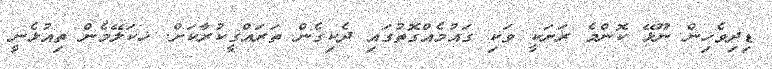
ޑިދިވެހިން ނޫޅޭ ކޮންމެ ރަށަކީ ވަކި ގައުމެއްގޮތުގަައި ދެކިގެން ތަރައްގީކުރާކަށް. ޚކަލޭމެން ތިއުޅެނީ